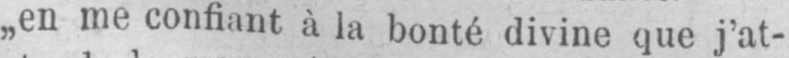
„en me confiant à la bonté divine que j’at-